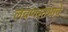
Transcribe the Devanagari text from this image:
लवणस्तंभाचे